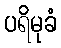
ပရိမုခံ